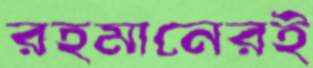
রহমানেরই